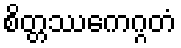
စိတ္တဿေကဂ္ဂတံ